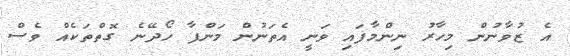
އެ ޒުވާނުން މިހާރު ނިންމާފައި ވަނީ އެތަނުން މަންފާ ހޯދޭނެ ގޮތްތަކެއް ވެސް